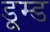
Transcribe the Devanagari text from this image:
डूम्ड